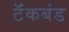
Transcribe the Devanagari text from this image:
टॅंकबंड